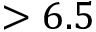
> 6 . 5